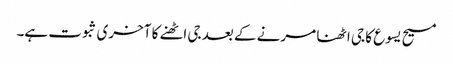
مسیح یسوع کا جی اٹھنا مرنے کے بعد جی اٹھنے کا آخری ثبوت ہے۔